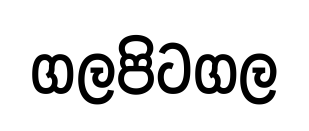
ගලපිටගල